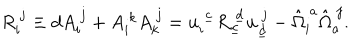
R _ { i } ^ { ~ j } \equiv d A _ { i } ^ { ~ j } + A _ { i } ^ { ~ k } A _ { k } ^ { ~ j } = u _ { i } ^ { ~ \underline { { c } } } R _ { \underline { { c } } } ^ { ~ \underline { { d } } } u _ { \underline { { d } } } ^ { ~ j } - \hat { \Omega } _ { i } ^ { ~ a } \hat { \Omega } _ { a } ^ { ~ j } .